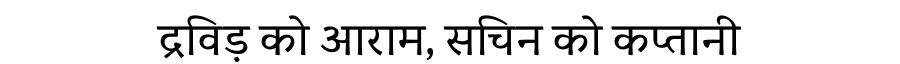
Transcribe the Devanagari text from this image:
द्रविड़ को आराम, सचिन को कप्तानी